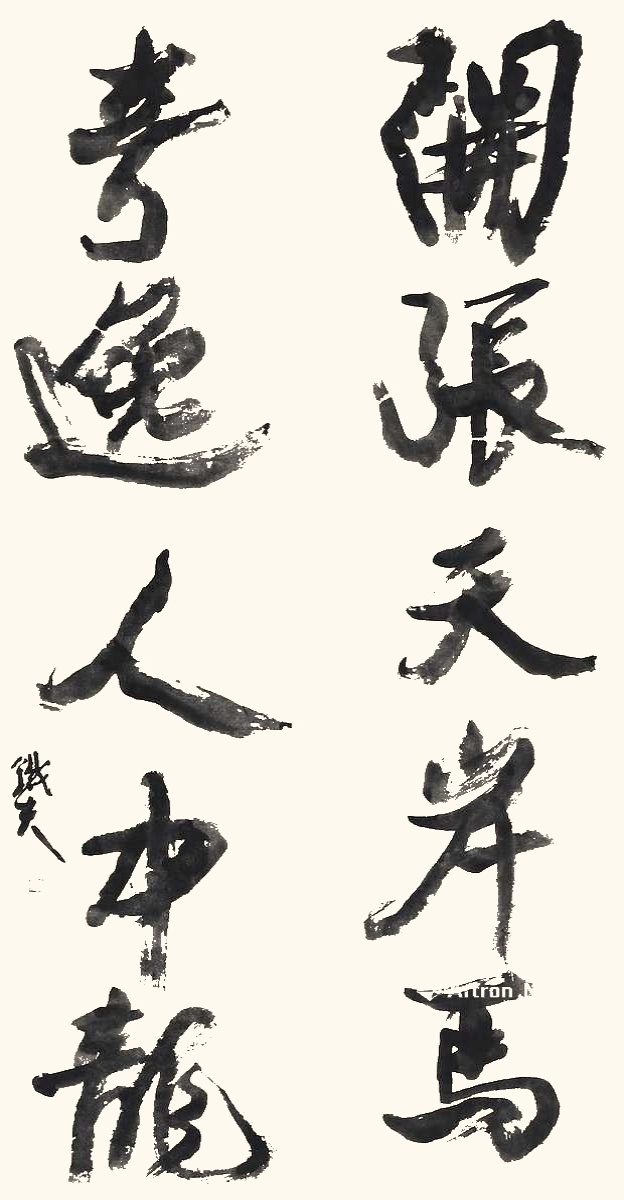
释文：开张天岸马，奇逸人中龙。铁夫。